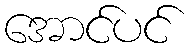
အောင်ပင်